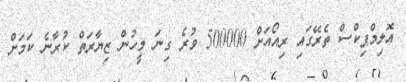
އޮލިމްޕިކްސް ތެރޭގައި ރިއޯއަށް 500000 ވުރެ ގިނަ މީހުން ޒިޔާރަތް ކުރާނެ ކަމަށް